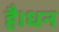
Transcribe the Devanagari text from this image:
है।धन